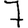
Digit: 7